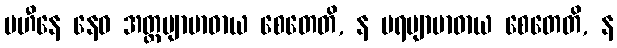
ပဟီနေ နေဝ အတ္တဗျာဗာဓာယ စေတေတိ, န ပရဗျာဗာဓာယ စေတေတိ, န